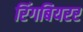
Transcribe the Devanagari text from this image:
रिंगबियरर